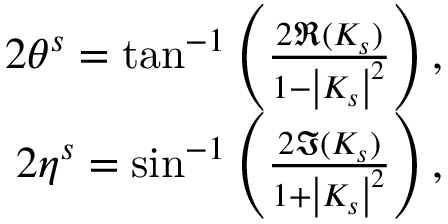
\begin{array} { r } { 2 \theta ^ { s } = \tan ^ { - 1 } \left( \frac { 2 \Re ( K _ { s } ) } { 1 - \left| K _ { s } \right| ^ { 2 } } \right) , } \\ { 2 \eta ^ { s } = \sin ^ { - 1 } \left( \frac { 2 \Im ( K _ { s } ) } { 1 + \left| K _ { s } \right| ^ { 2 } } \right) , } \end{array}